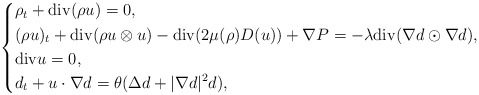
\begin{align*}\left\{\begin{aligned}& \rho_t+{\rm div}(\rho u)=0,\\& (\rho u)_t+{\rm div}(\rho u\otimes u)-{\rm div}(2 \mu(\rho)D(u))+\nabla P=-\lambda {\rm div}(\nabla d \odot \nabla d),\\& {\rm div}u=0,\\& d_t+u\cdot \nabla d=\theta (\Delta d+|\nabla d|^2 d),\end{aligned}\right.\end{align*}